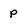
Character: P